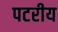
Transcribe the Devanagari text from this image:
पटरीय